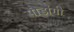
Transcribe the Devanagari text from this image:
सौडांगी